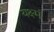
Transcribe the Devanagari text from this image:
यक्ष्मं